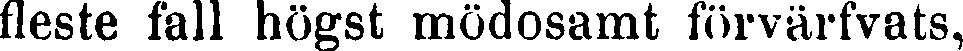
fleste fall högst mödosamt förvärfvats,